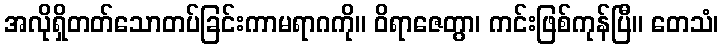
အလိုရှိတတ်သောတပ်ခြင်းကာမရာဂကို။ ဝိရာဇေတွာ၊ ကင်းဖြစ်ကုန်ပြီ။ တေသံ၊